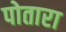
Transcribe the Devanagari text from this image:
पोतारा